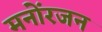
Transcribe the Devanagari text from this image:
मनोंरजन